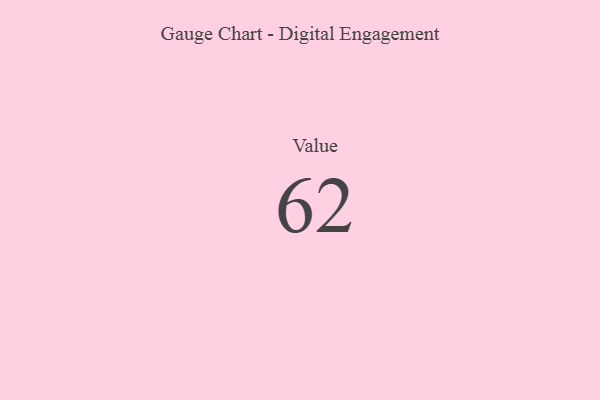
{"axis": {"x": "Metric", "y": "Value"}, "legend": [""], "data": [{"x": "Value", "y": 62, "type": ""}]}